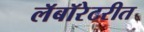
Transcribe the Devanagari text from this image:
लॅबॉरेटरीत